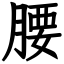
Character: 腰